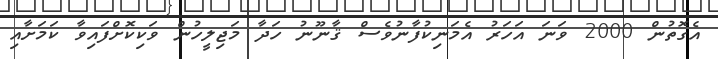
އެގޮތުން 2000 ވަނަ އަހަރު އެމަނިކުފާނުވެސް ޤާނޫނު ހަދާ މަޖިލީހުން ވަކިކޮށްފައިވާ ކަމަށާއި